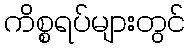
ကိစ္စရပ်များတွင်